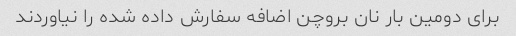
برای دومین بار نان بروچن اضافه سفارش داده شده را نیاوردند